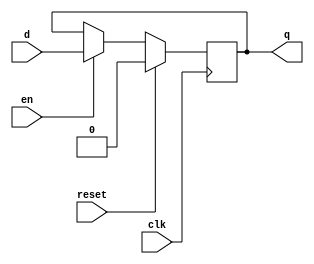
module xup_dff_en_reset #(parameter DELAY = 3)(
    input d,
    input clk,
    input en,
    input reset,
    output q
    );
    reg q;
    
    always @(posedge clk)
    begin 
        if(reset)
            q<= #DELAY 0;
        else if(en)
            q<= #DELAY d;            
    end
    
endmodule